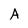
Character: A